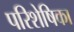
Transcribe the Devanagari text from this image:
परिशेषिका